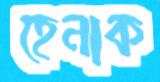
হেনাক